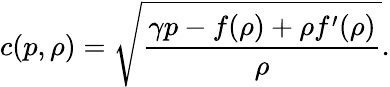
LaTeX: c(p,\rho)=\sqrt{\frac{\gamma p-f(\rho)+\rho f^{\prime}(\rho)}{\rho}}.